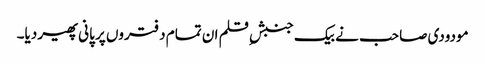
مودودی صاحب نے بیک جنبشِ قلم ان تمام دفتروں پر پانی پھیر دیا۔